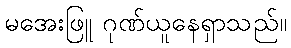
မအေးဖြူ ဂုဏ်ယူနေရှာသည်။